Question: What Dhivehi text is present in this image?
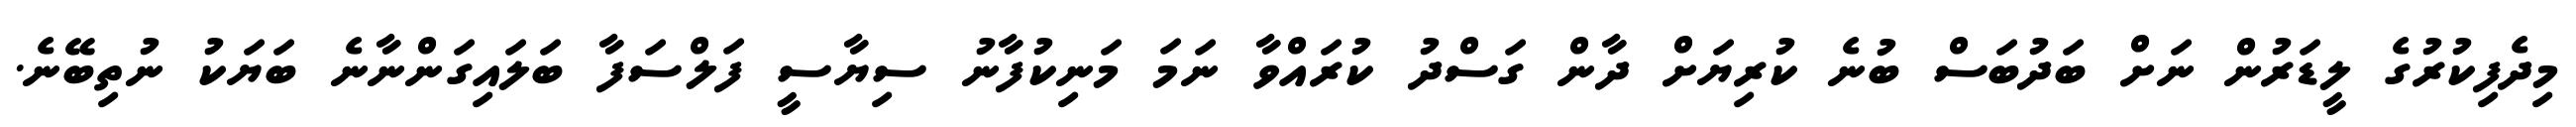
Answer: މިދެފިކުރުގެ ލީޑަރުން ނަށް ބަދުބަސް ބުނެ ކުރިޔަށް ދާން ގަސްދު ކުރައްވާ ނަމަ މަނިކުފާނު ސިޔާސީ ފަލްސަފާ ބަލައިގަންނާނެ ބަޔަކު ނުތިބޭނެ.